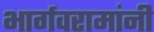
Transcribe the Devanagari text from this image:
भार्गवरामांनी